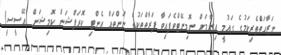
ނަޒާހަތްެތެރިކަމުގެ ގައުމީ އިނާމަށް ނޮމިނޭޓްވެފައިވާ ފަރާތްތަކުގެ ނަންތައް އެންޓި ކޮރަޕްޝަން ކޮމިޝަން (އޭސީސީ)